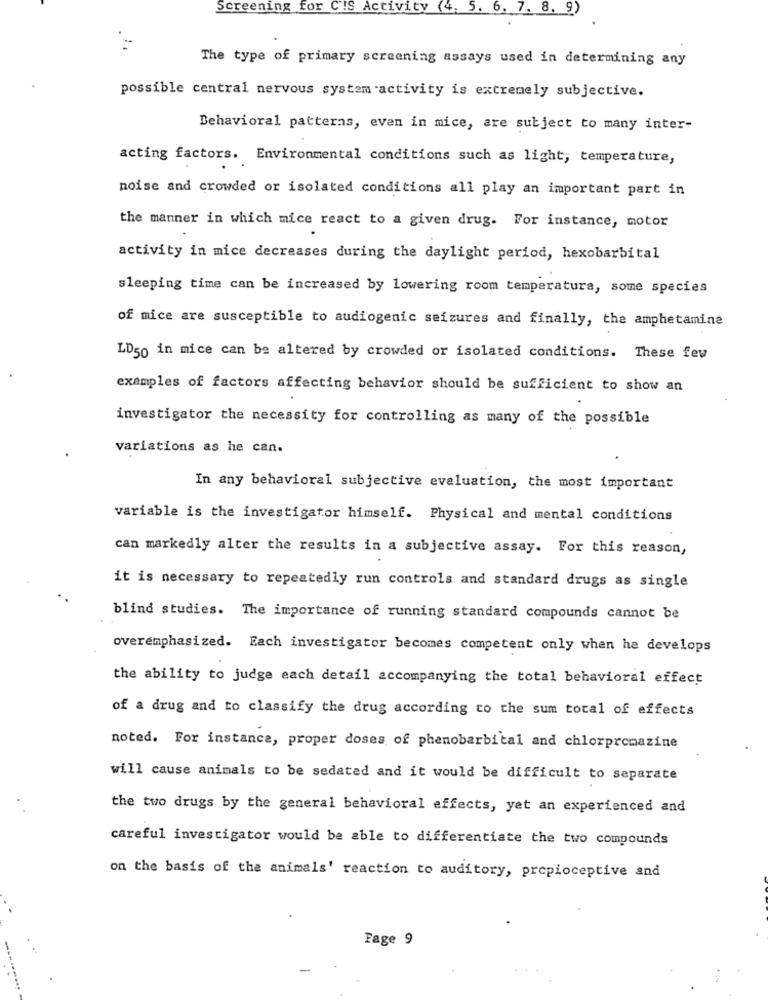
Screening for CIS Activity (4, 5. 6. 7. 8. 9)
The type of primary screening assays used in determining any
possible central nervous system activity is extremely subjective.
Behavioral patterns, even in mice, are subject to many inter-
acting factors. Environmental conditions such as light, temperature,
noise and crowded or isolated conditions all play an important part in
the manner in which mice react to a given drug. For instance, motor
activity in mice decreases during the daylight period, hexobarbital
sleeping time can be increased by lowering room temperature, some species
of mice are susceptible to audiogenic seizures and finally, the amphetamine
LD50 in mice can be altered by crowded or isolated conditions. These few
examples of factors affecting behavior should be sufficient to show an
investigator the necessity for controlling as many of the possible
variations as he can.
In any behavioral subjective evaluation, the most important
variable is the investigator himself. Physical and mental conditions
can markedly alter the results in a subjective assay. For this reason,
it is necessary to repeatedly run controls and standard drugs as single
blind studies. The importance of running standard compounds cannot be
overemphasized. Each investigator becomes competent only when he develops
the ability to judge each detail accompanying the total behavioral effect
of a drug and to classify the drug according to the sum total of effects
noted. For instance, proper doses of phenobarbital and chlorpromazine
will cause animals to be sedated and it would be difficult to separate
the two drugs by the general behavioral effects, yet an experienced and
careful investigator would be able to differentiate the two compounds
on the basis of the animals' reaction to auditory, propioceptive and
Page 9